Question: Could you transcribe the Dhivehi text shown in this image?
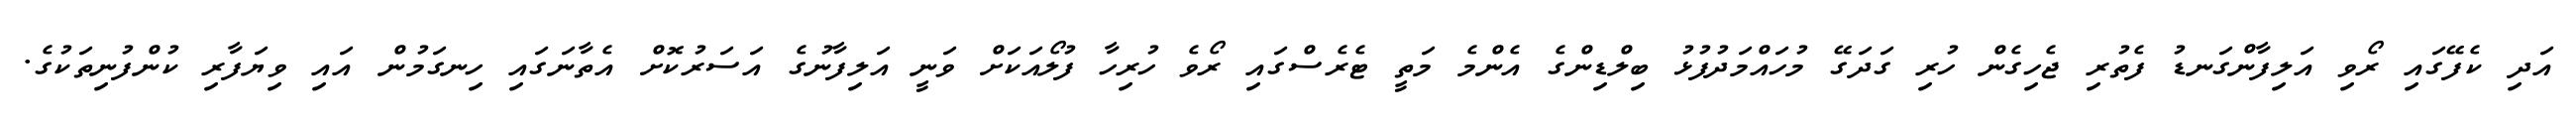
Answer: އަދި ކެފޭގައި ރޯވި އަލިފާންގަނޑު ފެތުރި ޖެހިގެން ހުރި ގަދަގޭ މުހައްމަދުފުޅު ބިލްޑިންގެ އެންމެ މަތީ ޓެރެސްގައި ރޯވެ ހުރިހާ ފުލޯއަކަށް ވަނީ އަލިފާނުގެ އަސަރުކޮށް އެތާނަގައި ހިނގަމުން އައި ވިޔަފާރި ކުންފުނިތަކުގެ.